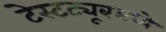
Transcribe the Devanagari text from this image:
टेस्टट्यूबमध्ये